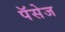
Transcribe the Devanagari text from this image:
पॅसेज